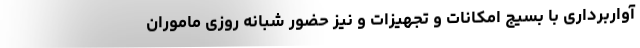
آواربرداری با بسیج امکانات و تجهیزات و نیز حضور شبانه روزی ماموران